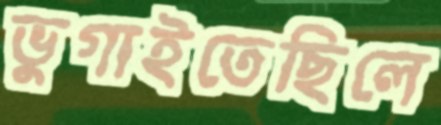
ভুগাইতেছিলে